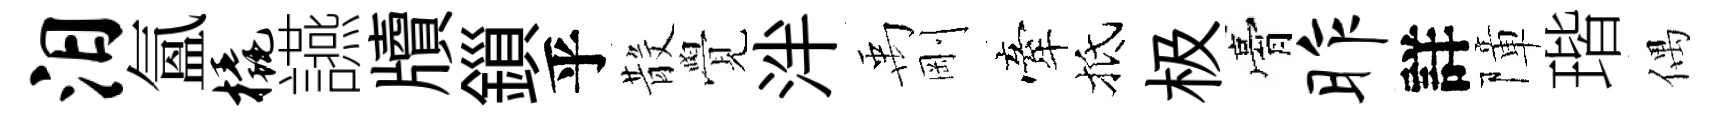
汨氳橇讌牘鎻乎𣪚覺泮禹剛牽抵极膏昨詳障瑎偶